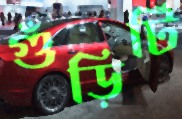
গুঁড়িটি